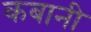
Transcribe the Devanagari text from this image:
कबानी